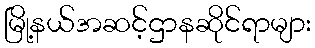
မြို့နယ်အဆင့်ဌာနဆိုင်ရာများ